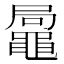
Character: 𪓩